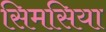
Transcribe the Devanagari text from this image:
सिमसिया